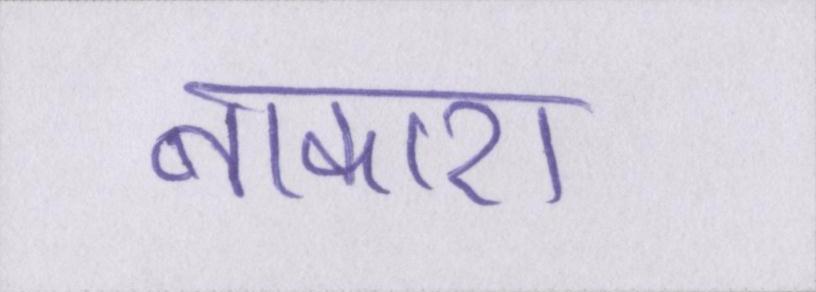
नाकारा